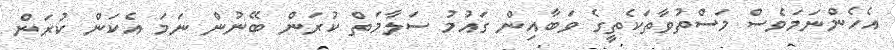
އެހެންނަމަވެސް މަސްތުވާތަކެތީގެ ވަބާއިން ގައުމު ސަލާމަތް ކުރަން ބޭނުން ނަމަ އެކަން ކުރަން